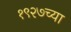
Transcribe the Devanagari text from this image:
१९२७च्या